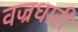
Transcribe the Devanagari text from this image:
वज्रधारी